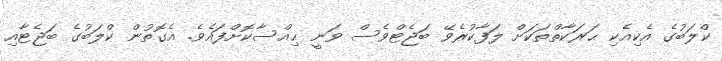
ކްލަބުގެ އެކިއެކި ޙަރަކާތްތަކަށް ލަފާކުރެވޭ ބަޖެޓްވެސް ވަނީ ޙިއްސާކޮށްފައެވެ. އެގޮތުން ކްލަބުގެ ބަޖެޓާއި